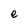
Character: e